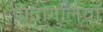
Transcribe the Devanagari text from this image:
पादागुलियाँ